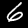
Label: 6